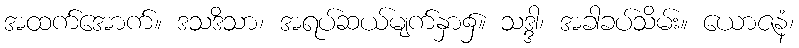
အထက်အောက်။ ဒသဒိသာ၊ အရပ်ဆယ်မျက်နှာ၌။ သဒ္ဒါ၊ အခါခပ်သိမ်း။ ယောဇနံ၊